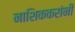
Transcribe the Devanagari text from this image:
नाशिककरांनी